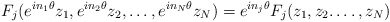
\begin{align*}F_j(e^{in_1\theta} z_1, e^{in_2\theta} z_2,\dots, e^{in_N\theta} z_N) = e^{in_j\theta} F_j ( z_1, z_2.\dots,z_N) \end{align*}